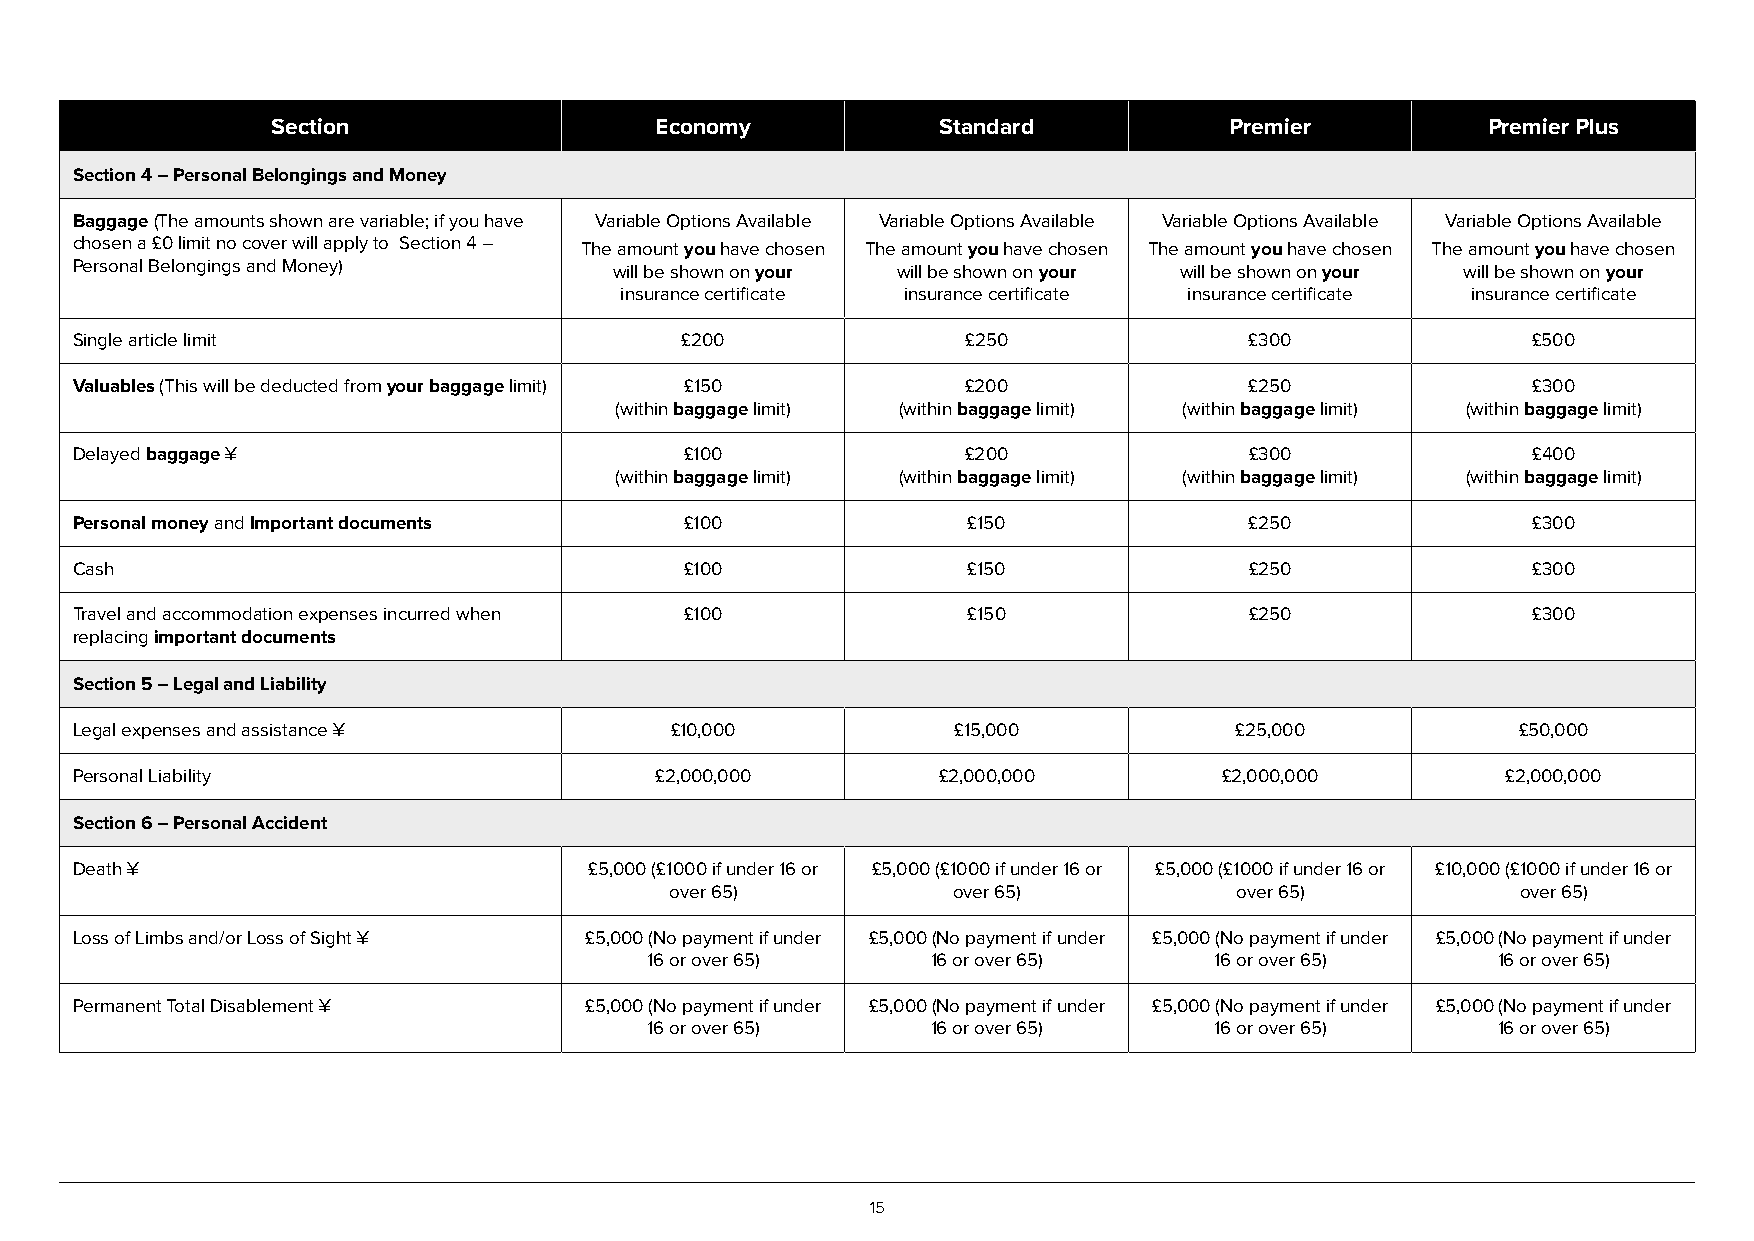
Section                  Economy            Standard           Premier          Premier Plus
 Section 4 – Personal Belongings and Money
 Baggage (The amounts shown are variable; if you have Variable Options Available Variable Options Available Variable Options Available Variable Options Available
 chosen a £0 limit no cover will apply to Section 4 – The amount you have chosen The amount you have chosen The amount you have chosen The amount you have chosen
 Personal Belongings and Money)      will be shown on your will be shown on your will be shown on your will be shown on your
 insurance certificate insurance certificate insurance certificate insurance certificate
 Single article limit                    £200               £250               £300              £500
 Valuables (This will be deducted from your baggage limit) £150 £200           £250              £300
 (within baggage limit) (within baggage limit) (within baggage limit) (within baggage limit)
 Delayed baggage ¥                       £100               £200               £300              £400
 (within baggage limit) (within baggage limit) (within baggage limit) (within baggage limit)
 Personal money and Important documents  £100               £150               £250              £300
 Cash                                    £100               £150               £250              £300
 Travel and accommodation expenses incurred when £100       £150               £250              £300
 replacing important documents
 Section 5 – Legal and Liability
 Legal expenses and assistance ¥        £10,000            £15,000            £25,000            £50,000
 Personal Liability                    £2,000,000         £2,000,000         £2,000,000         £2,000,000
 Section 6 – Personal Accident
 Death ¥                           £5,000 (£1000 if under 16 or £5,000 (£1000 if under 16 or £5,000 (£1000 if under 16 or £10,000 (£1000 if under 16 or
 over 65)           over 65)           over 65)           over 65)
 Loss of Limbs and/or Loss of Sight ¥ £5,000 (No payment if under £5,000 (No payment if under £5,000 (No payment if under £5,000 (No payment if under
 16 or over 65)     16 or over 65)    16 or over 65)     16 or over 65)
 Permanent Total Disablement ¥     £5,000 (No payment if under £5,000 (No payment if under £5,000 (No payment if under £5,000 (No payment if under
 16 or over 65)     16 or over 65)    16 or over 65)     16 or over 65)
 15